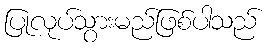
ပြုလုပ်သွားမည်ဖြစ်ပါသည်